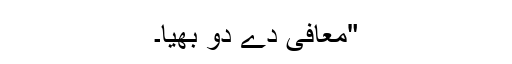
"معافی دے دو بھیا۔